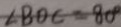
\angle B O C = 8 0 ^ { \circ }